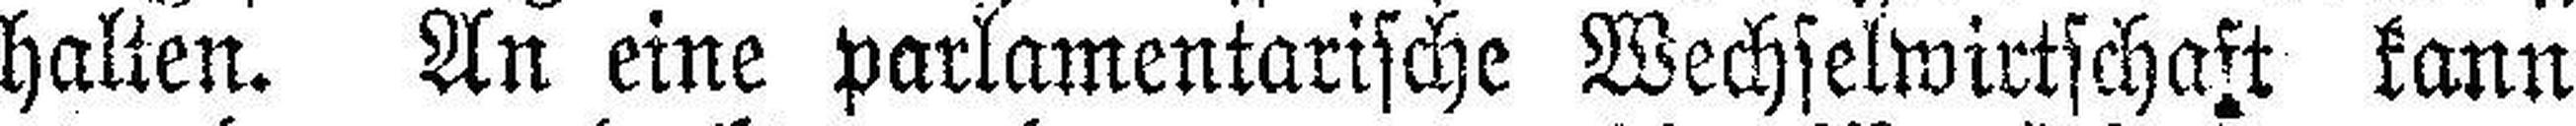
halten. An eine parlamentarische Wechselwirtschaft kann